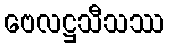
ဗေလဋ္ဌသီသဿ